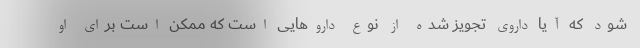
شود که آیا داروی تجویز شده از نوع داروهایی است که ممکن است برای او